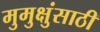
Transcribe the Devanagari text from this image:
मुमुक्षुंसाठी